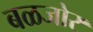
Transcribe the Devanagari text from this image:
बळजोर